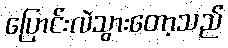
ပြောင်းလဲသွားတော့သည်